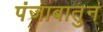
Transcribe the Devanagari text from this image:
पंजाबातुन